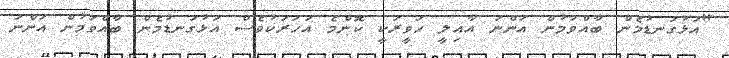
"އަޅުގަނޑުމެން ބާއްވަމުން އަންނަ އާއިލީ ހަވީރަކީ ކޮންމެ އަހަރަކުވެސް އަޅުގަނޑުމެން ބާއްވަމުން އަންނަ